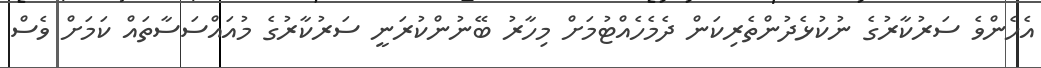
އެހެންވެ ސަރުކާރުގެ ނުކުޅެދުންތެރިކަން ދެމެހެއްޓުމަށް މިހާރު ބޭނުންކުރަނީ ސަރުކާރުގެ މުއައްސަސާތައް ކަމަށް ވެސް